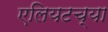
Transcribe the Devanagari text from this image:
एलियटच्या